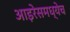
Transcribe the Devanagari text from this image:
आइरेसमध्येच